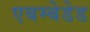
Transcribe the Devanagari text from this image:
एबम्बेडेड